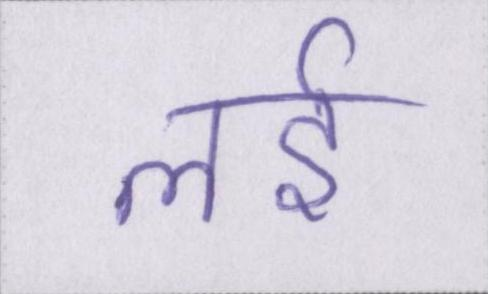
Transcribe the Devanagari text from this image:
लई